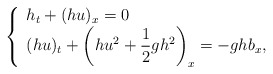
\begin{align*} \left\{\begin{array}{l}\displaystyle h_t+(hu)_x=0 \\\displaystyle (hu)_t+\left( hu^2+\frac{1}{2}gh^2 \right)_x=-ghb_x ,\end{array}\right.\end{align*}